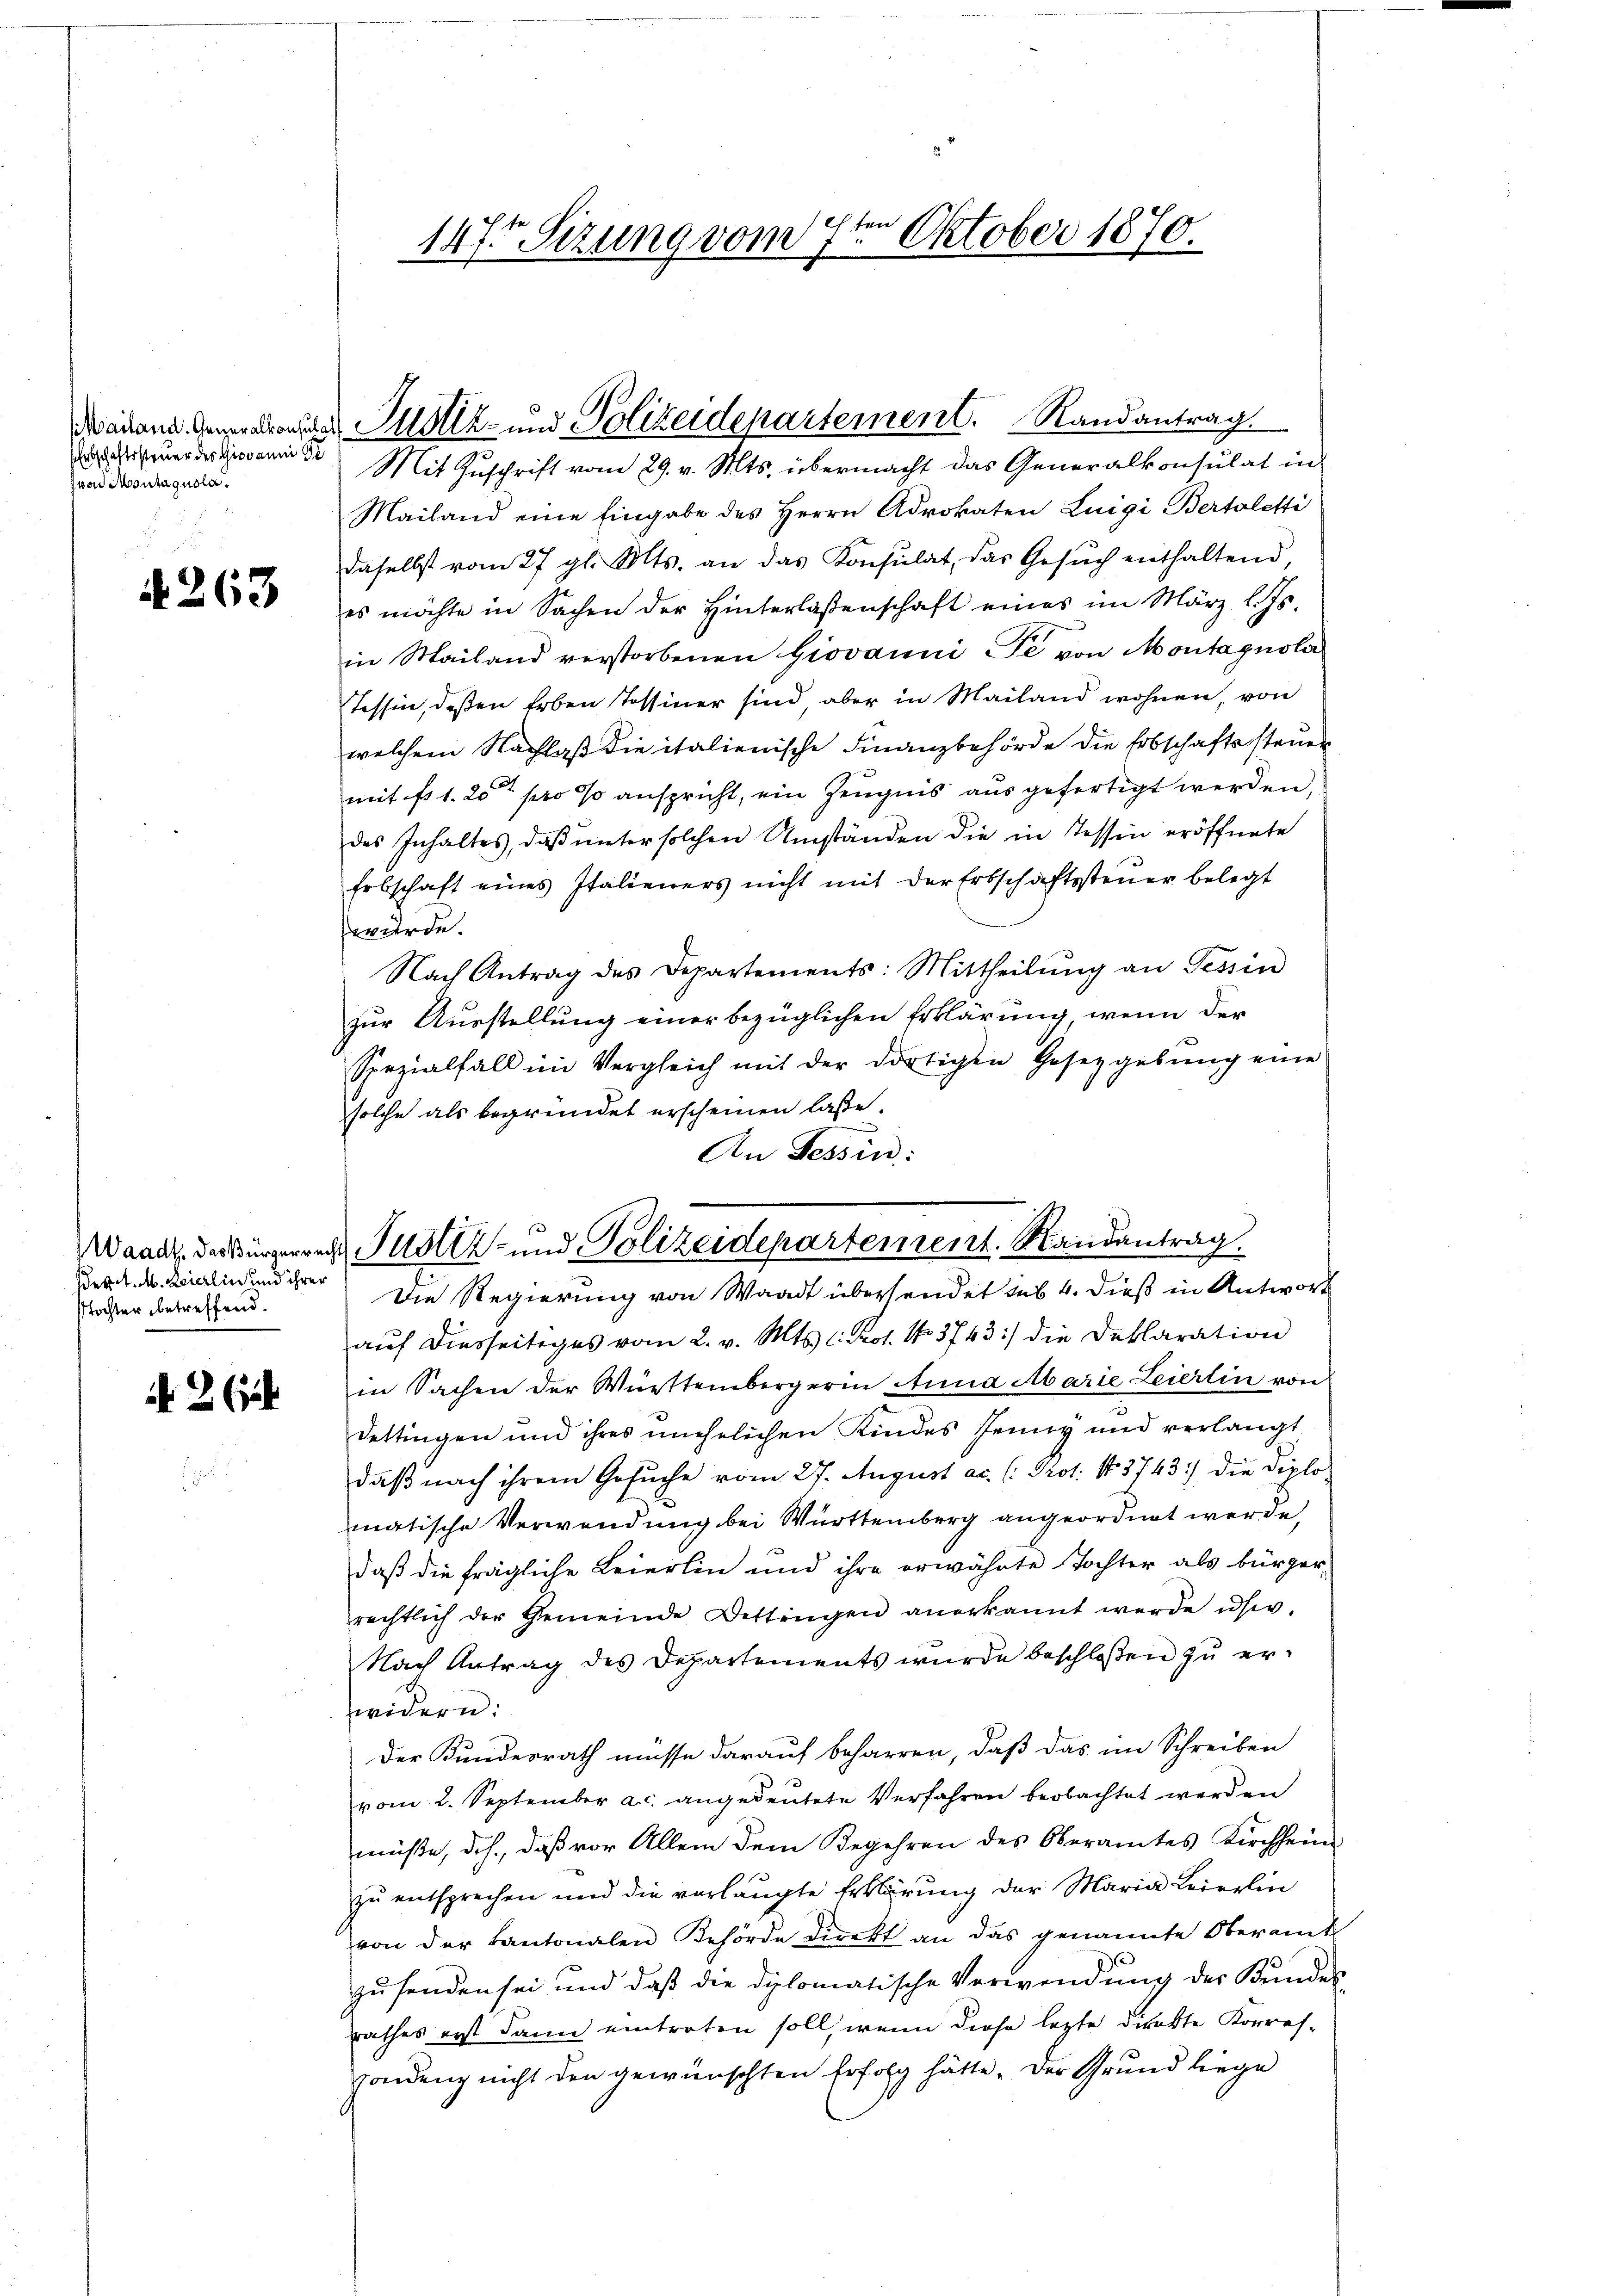
Erbschaftssteuer des Giovanni Ge
(von Montagnola.

A 263

Der. M. Zierlin und ihrer
tochter betreffend.

2

147ten Sizung vom 7ten Oktober 1870.

Mailand eine Eingabe des Herrn Advokaten Luigi Bertoletti
daselbst vom 27. gl. Mts. an das Konsulat, das Gesŭch enthaltend
es möchte in Sachen der Hinterlassenschaft eines im März l. Js.
in Mailand verstorbenen Giovanni de von Montagnsler
Tessin, deßen Erben Tessiner sind aber in Mailand wohnen, von
welchem Nachlaß die italienische Finanzbehörde die Erbschaftssteuer
mit fr. 1. 20t pro % anspricht, ein Zeugnis ausgefertigt werden,
des Inhaltes, daß unter solchen Umständen die in Tessin eröffnete
Erbschaft eines Italieners nicht mit der Erbschaftssteŭer belegt
wurde.
Nach Antrag des Departements: Mittheilŭng an Tessin
zur Ausstellung einer bezüglichen Erklärung, wenn der
Spezialfall im Vergleich mit der dortigen Gesetzgebŭng eine
solche als begründet erscheinen lasse.
An Tessin:
Die Regierung von Waadt übersendet sub 4. dieß in Antwort
aŭf diesseitiges vom 2. v. Mts. l. Prof. No. 3743) die Deklaration
in Sachen der Württembergerin Anna Abarie Leierlin von
dettingen und ihres unehelichen Kindes Jenny und verlangt
daß nach ihrem Gesuche vom 27. August ac. (: Prot. 13743) die Diplomatische Verwendung bei Württemberg angeordnet werde,
daß die fragliche Leierlin und ihre erwähnte Tochter als bürgerrechtlich der Gemeinde Dettingen anerkannt werde usw.
Nach Antrag des Departements wurde beschloßen zu erwidern:
Der Kundesrath müsse darauf beharren, daß das im Schreiben
vom 2. September a.c. angedeutete Verfahren beobachtet werden
müße, dch., daß vor Allem dem Begehren des Oberamtes Kirchheim
zu entsprechen und die verlangte Erklärung der Maria Leierlin
von der Kantonalen Behörde direkt an das genannte Oberamt
zusenden sei und daß die diplomatische Verwendung der Kundesrathes erst dann eintreten soll, wenn diese lezte direkte Korres-
Hondung nicht den gewünschten Erfolg hätte. Der Grund liege

Manen Generalrechter Justiz- und Polizeidepartement. Randantrag.
Mit Zuschrift vom 29. v. Mts. übermacht das Generalkonsulat in

Waadt, der Bürgerrech Justiz- und Polizeidepartement. Randantrag